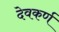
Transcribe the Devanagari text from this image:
देवकर्ण